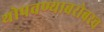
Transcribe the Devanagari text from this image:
थोपवण्याबरोबरच